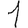
Digit: 1